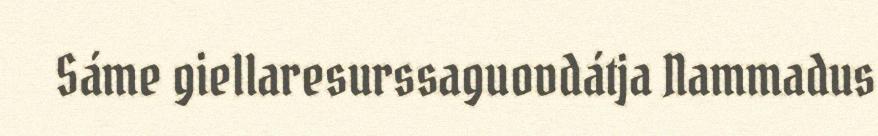
Sáme giellaresurssaguovdátja Nammadus